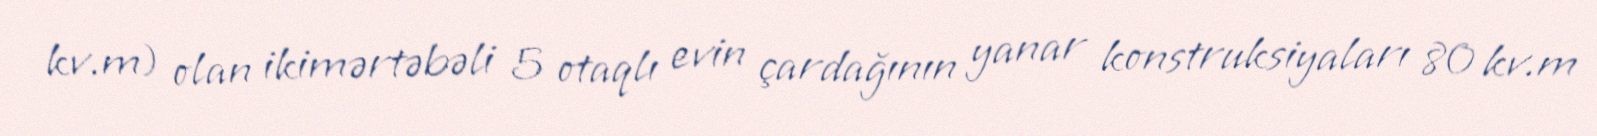
kv.m) olan ikimərtəbəli 5 otaqlı evin çardağının yanar konstruksiyaları 80 kv.m